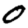
Digit: 0